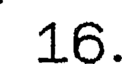
16.